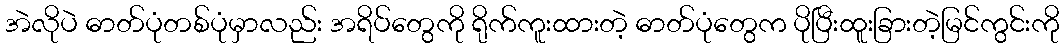
အဲလိုပဲ ဓာတ်ပုံတစ်ပုံမှာလည်း အရိပ်တွေကို ရိုက်ကူးထားတဲ့ ဓာတ်ပုံတွေက ပိုပြီးထူးခြားတဲ့မြင်ကွင်းကို